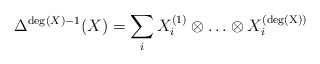
\begin{align*}\Delta^{{\rm deg}(X)-1}(X)=\sum_i X^{(1)}_i\otimes\ldots\otimes X_i^{({\rm deg(X)})}\end{align*}